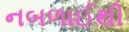
નબળાઈથી